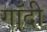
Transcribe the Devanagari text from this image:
गाँदी